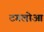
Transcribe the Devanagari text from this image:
टगलोआ